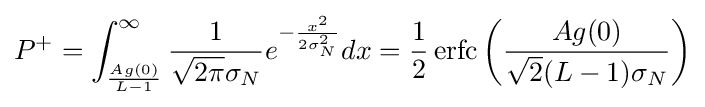
P^{+}=\int _{\frac {Ag(0)}{L-1}}^{\infty }{\frac {1}{{\sqrt {2\pi }}\sigma _{N}}}e^{-{\frac {x^{2}}{2\sigma _{N}^{2}}}}dx={\frac {1}{2}}\operatorname {erfc} \left({\frac {Ag(0)}{{\sqrt {2}}(L-1)\sigma _{N}}}\right)